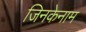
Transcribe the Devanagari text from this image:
जिनकेनाम